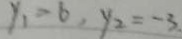
y _ { 1 } = 6 , y _ { 2 } = - 3